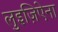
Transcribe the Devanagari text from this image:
लुइज़िऐना